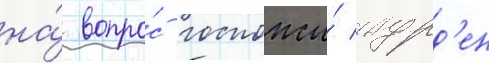
на́ вопро́с госпожи́ журд'ен